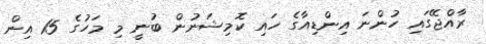
ރާއްޖޭގައި ހުންނަ އިންޑިއާގެ ހައި ކޮމިޝަނުން ބުނީ މި މަހުގެ 15 އިން